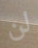
لن